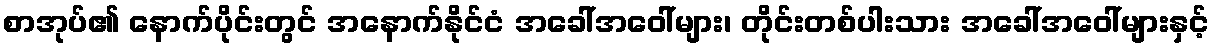
စာအုပ်၏ နောက်ပိုင်းတွင် အနောက်နိုင်ငံ အခေါ်အဝေါ်များ၊ တိုင်းတစ်ပါးသား အခေါ်အဝေါ်များနှင့်